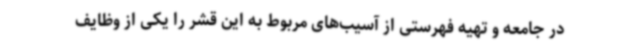
در جامعه و تهیه فهرستی از آسیب‌های مربوط به این قشر را یکی از وظایف